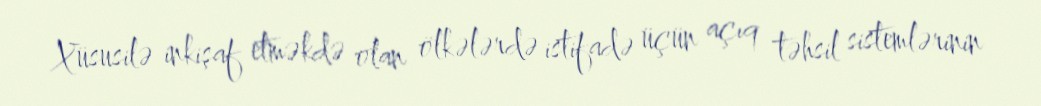
Xüsusilə inkişaf etməkdə olan ölkələrdə istifadə üçün açıq təhsil sistemlərinin